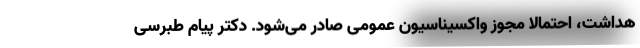
هداشت، احتمالا مجوز واکسیناسیون عمومی صادر می‌شود. دکتر پیام طبرسی